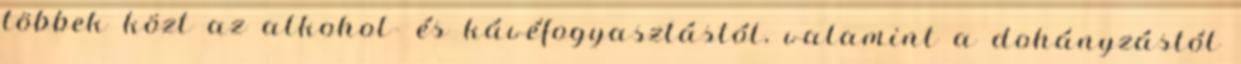
többek közt az alkohol- és kávéfogyasztástól, valamint a dohányzástól